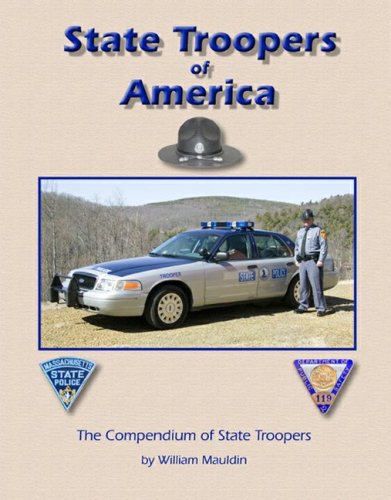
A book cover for State Troopers of America; William Mauldin; Crafts, Hobbies & Home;